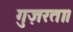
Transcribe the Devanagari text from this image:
गुज़रता।